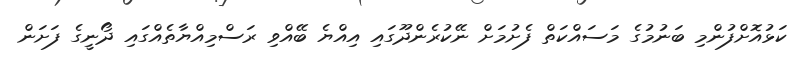
ކަޅުއޮށްފުންމި ބަނުމުގެ މަސައްކަތް ފެށުމަށް ނޭކުރެންދޫގައި އިއްޔެ ބޭއްވި ރަސްމިއްޔާތެއްގައި ދޯނީގެ ފަށަން